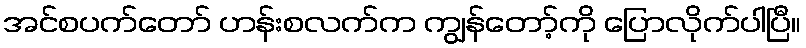
အင်စပက်တော် ဟန်းစလက်က ကျွန်တော့်ကို ပြောလိုက်ပါပြီ။